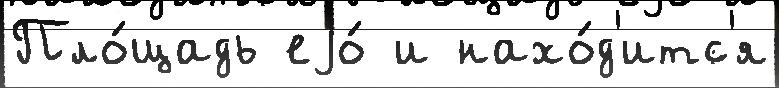
Пло́щадь еjо́ и нахо́д'итс'я